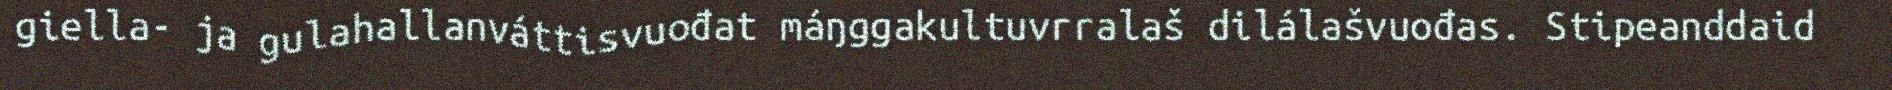
giella- ja gulahallanváttisvuođat máŋggakultuvrralaš dilálašvuođas. Stipeanddaid